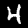
Label: 4